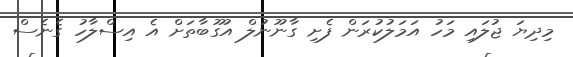
މިދިޔަ ޖުލައި މަހު އަމަލުކުރަން ފެށި ގާނޫނުލް އުގޫބާތަށް އެ އިސްލާހު ގެނެސް